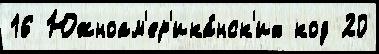
16 Южноам'ер'ика́нск'их код 20